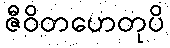
ဇီဝိတဟေတုပိ